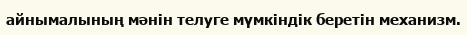
айнымалының мәнін телуге мүмкіндік беретін механизм.